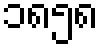
၁၈၅၈